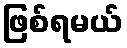
ဖြစ်ရမယ်